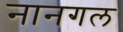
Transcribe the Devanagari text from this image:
नानगल